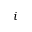
i